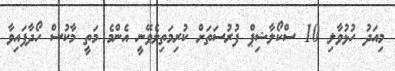
މިއަދު ހުޅުވާލި 10 ސްކޯލާޝިޕް ފުރުސަތަށް ކުރިމަތިލެވޭނީ އެންމެ މަތީ މާކުސް ހޯދާފައިވާ